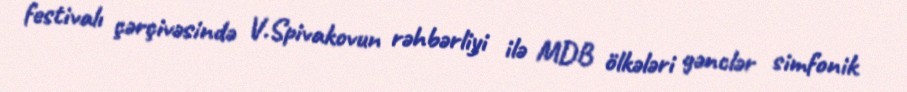
festivalı çərçivəsində V.Spivakovun rəhbərliyi ilə MDB ölkələri gənclər simfonik